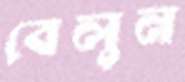
বেলুন